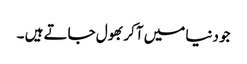
جو دنیا میں آکر بھول جاتے ہیں ۔